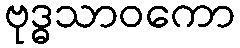
ဗုဒ္ဓသာဝကော